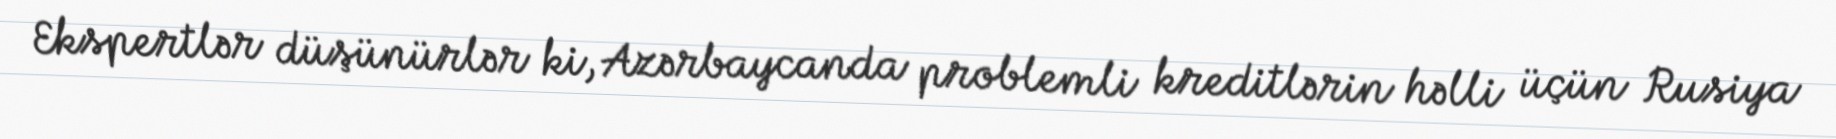
Ekspertlər düşünürlər ki, Azərbaycanda problemli kreditlərin həlli üçün Rusiya